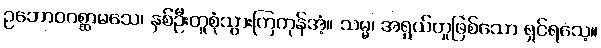
ဥဘောဝဂစ္ဆာမသေ၊ နှစ်ဦးတူစုံသွားကြကုန်အံ့။ သမ္မ၊ အရွယ်တူဖြစ်သော ရှင်ရသေ့။